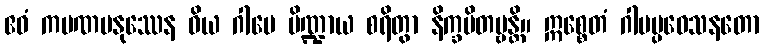
ဧဝံ ကပဏမနုဿေန ဝိယ ဂါမေ ပိဏ္ဍာယ စရိတွာ နိက္ခမိတဗ္ဗန္တိ။ ဣစ္စေတံ ဂါမပ္ပဝေသနတော